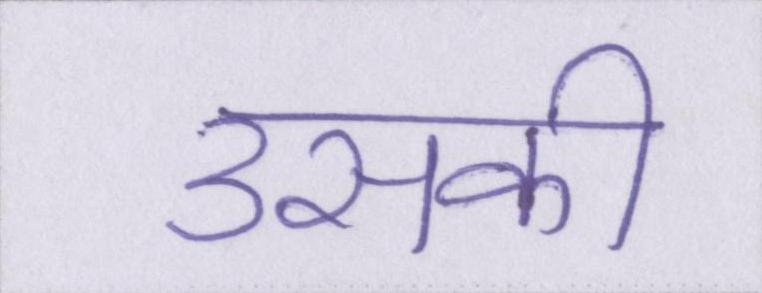
उसकी